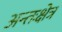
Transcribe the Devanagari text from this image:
अन्तःक्षेत्र